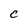
Character: c